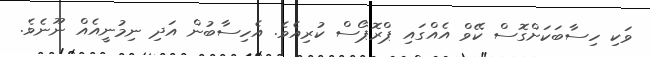
ވަކި ހިސާބަކަށްގޮސް ކޭވް އެއްގައި ޕްރޮޕޯސް ކުރިއެވެ. އެހިސާބުން އަދި ނިމުނީއެއް ނޫނެވެ.